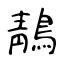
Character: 鶄